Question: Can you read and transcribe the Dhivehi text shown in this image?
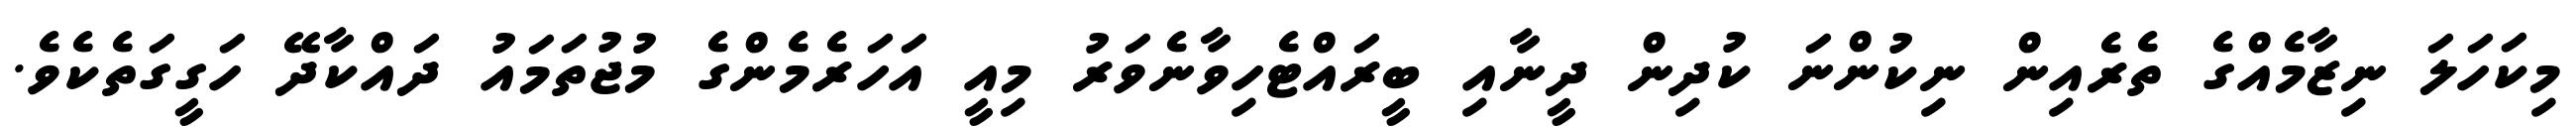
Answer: މިކަހަލަ ނިޒާމެއްގެ ތެރެއިން ނިކުންނަ ކުދިން ދީނާއި ބީރައްޓެހިވާނެވަރު މިއީ އަހަރެމެންގެ މުޖުތަމައު ދައްކާދޭ ހަގީގަތެކެވެ.